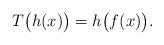
LaTeX: \begin{align*} T\big(h(x)\big)=h\big(f(x)\big).\end{align*}